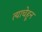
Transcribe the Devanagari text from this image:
त्याचेहून